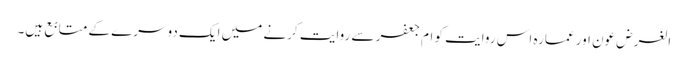
الغرض عون اور عمارہ اس روایت کو ام جعفر سے روایت کرنے میں ایک دوسرے کے متابع ہیں۔